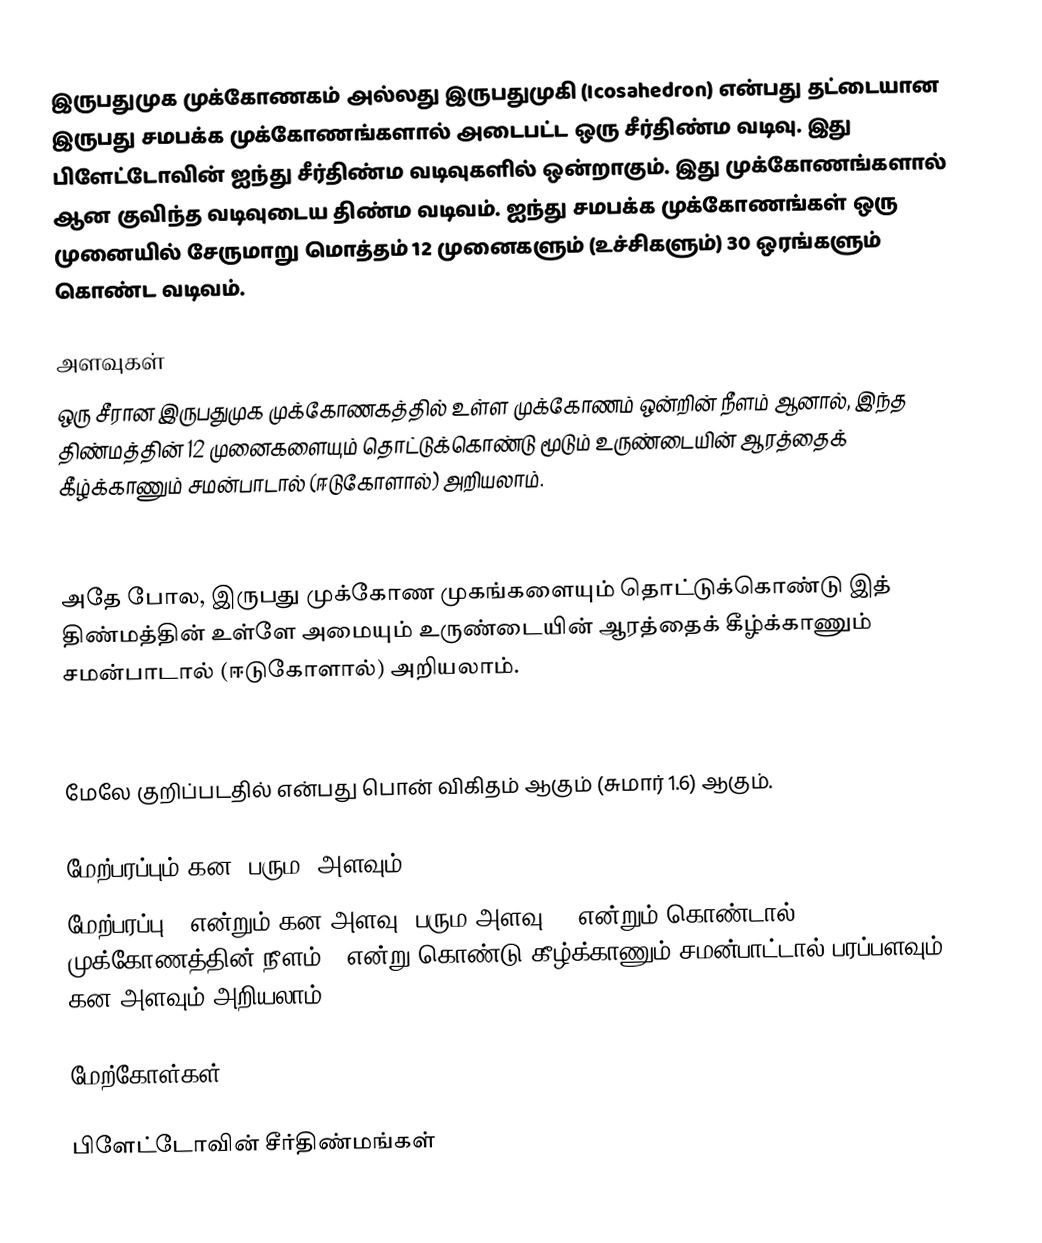
இருபதுமுக முக்கோணகம் அல்லது இருபதுமுகி (Icosahedron) என்பது தட்டையான இருபது சமபக்க முக்கோணங்களால் அடைபட்ட ஒரு சீர்திண்ம வடிவு. இது பிளேட்டோவின் ஐந்து சீர்திண்ம வடிவுகளில் ஒன்றாகும். இது முக்கோணங்களால் ஆன குவிந்த வடிவுடைய திண்ம வடிவம். ஐந்து சமபக்க முக்கோணங்கள் ஒரு முனையில் சேருமாறு மொத்தம் 12 முனைகளும் (உச்சிகளும்) 30 ஒரங்களும் கொண்ட வடிவம்.

அளவுகள்
ஒரு சீரான இருபதுமுக முக்கோணகத்தில் உள்ள முக்கோணம் ஒன்றின் நீளம்  ஆனால், இந்த திண்மத்தின் 12 முனைகளையும் தொட்டுக்கொண்டு மூடும் உருண்டையின் ஆரத்தைக் கீழ்க்காணும் சமன்பாடால் (ஈடுகோளால்) அறியலாம்.

அதே போல, இருபது முக்கோண முகங்களையும் தொட்டுக்கொண்டு இத் திண்மத்தின் உள்ளே அமையும் உருண்டையின் ஆரத்தைக் கீழ்க்காணும் சமன்பாடால் (ஈடுகோளால்) அறியலாம்.

மேலே குறிப்படதில்  என்பது பொன் விகிதம் ஆகும் (சுமார் 1.6) ஆகும்.

மேற்பரப்பும் கன (பரும) அளவும்
மேற்பரப்பு A என்றும் கன அளவு (பரும அளவு) V என்றும் கொண்டால், முக்கோணத்தின் நீளம் a என்று கொண்டு கீழ்க்காணும் சமன்பாட்டால் பரப்பளவும் கன அளவும் அறியலாம்.:

மேற்கோள்கள்

பிளேட்டோவின் சீர்திண்மங்கள்